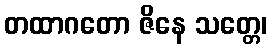
တထာဂတော ဇိနေ သတ္တေ၊